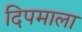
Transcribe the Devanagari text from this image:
दिपमाला